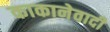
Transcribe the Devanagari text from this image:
काकानेवादी